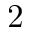
2